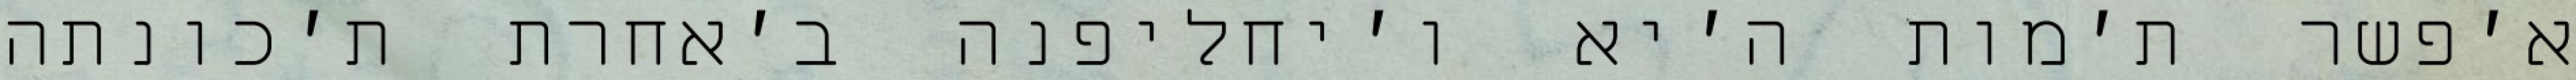
א׳פשר ת׳מות ה׳יא ו׳יחליפנה ב׳אחרת ת׳כונתה